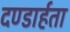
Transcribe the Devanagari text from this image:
दण्डार्हता